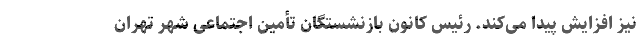
نیز افزایش پیدا می‌کند. رئیس کانون بازنشستگان تأمین اجتماعی شهر تهران